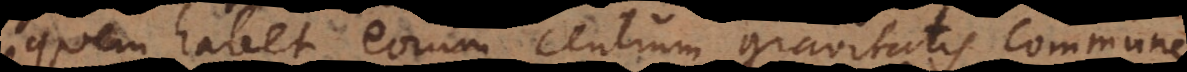
quem habet eorum centrum gravitatis commune,